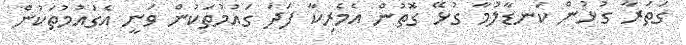
ގަތަރާ ގުޅުން ކަނޑާލުމާ ގުޅޭ ގޮތުން އެމެރިކާ ފަދަ ގައުމުތަކުން ވަނީ އެގައުމުތަކުން